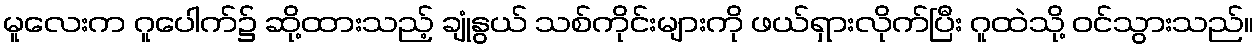
မူလေးက ဂူပေါက်၌ ဆို့ထားသည့် ချုံနွယ် သစ်ကိုင်းများကို ဖယ်ရှားလိုက်ပြီး ဂူထဲသို့ ဝင်သွားသည်။